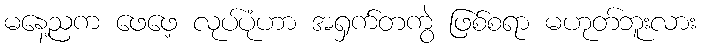
မနေ့ညက ဖေဖေ့ လုပ်ပုံဟာ အရှက်တကွဲ ဖြစ်စရာ မဟုတ်ဘူးလား